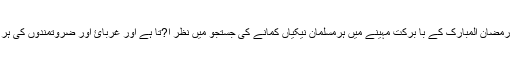
غیرملکی خبررساں ادارے کے مطابق رمضان المبارک کے با برکت مہینے میں ہرمسلمان نیکیاں کمانے کی جستجو میں نظر ا?تا ہے اور غربائ اور ضروتمندوں کی ہر ممکن مدد کرنے کی کوشش کرتا ہے۔